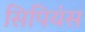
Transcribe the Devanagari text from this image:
सिपियंस